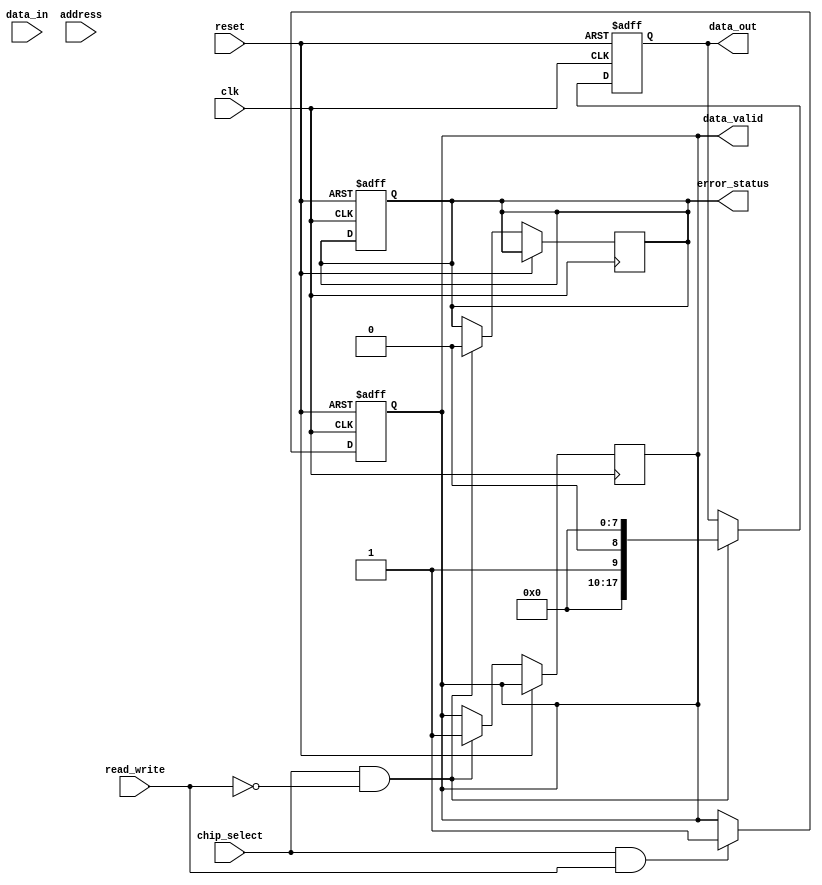
module ecc_dram_io (
    input wire clk,
    input wire reset,
    input wire chip_select,
    input wire read_write, // 0 for read, 1 for write
    input wire [63:0] data_in,
    input wire [7:0] address,
    output reg [63:0] data_out,
    output reg data_valid,
    output reg error_status
);

    // Internal signal declarations
    reg [71:0] encoded_data; // 64 bits data + 8 bits ECC
    reg [63:0] read_data;    // Data read from memory
    reg [71:0] ecc_received;  // Data received + ECC

    // ECC Logic (simplified ROI)
    function [7:0] encode_ecc(input [63:0] data);
        // Simplified Hamming or parity encoding logic can go here
        // Placeholder for real encoding logic
        encode_ecc = 8'b0; // Modify this with proper ECC encoding logic
    endfunction
    
    function [63:0] decode_ecc(input [71:0] ecc_data, output reg error_found);
        // Simplified ECC decoding logic can go here
        // This part should include error detection and correction mechanisms
        error_found = 1'b0; // Placeholder for actual error check
        decode_ecc = ecc_data[63:0]; // Modify to implement correct decoding
    endfunction

    // Write operation
    always @(posedge clk or posedge reset) begin
        if (reset) begin
            data_valid <= 1'b0;
            error_status <= 1'b0;
        end else if (chip_select && read_write) begin
            encoded_data <= {data_in, encode_ecc(data_in)};
            // Write to memory (in a real design, this would interface with memory)
            // Placeholder for memory write
            data_valid <= 1'b1; // Data is valid after write operation
        end 
    end

    // Read operation
    always @(posedge clk or posedge reset) begin
        if (reset) begin
            data_out <= 64'b0;
        end else if (chip_select && !read_write) begin
            // Read from memory (in a real design, this would interface with memory)
            ecc_received = {read_data, 8'b0}; // Placeholder for memory read
            data_out <= decode_ecc(ecc_received, error_status);
            data_valid <= 1'b1; // Data is valid after read operation
        end 
    end

endmodule